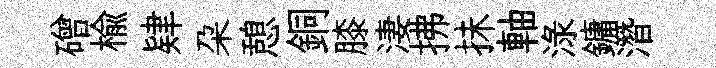
磳楡肄朶憩銅膝淒拂抺軸渌鏞潛